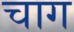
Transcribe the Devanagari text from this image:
चाग